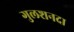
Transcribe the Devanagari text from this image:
गुलशनदा